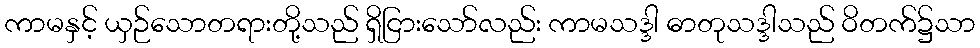
ကာမနှင့် ယှဉ်သောတရားတို့သည် ရှိငြားသော်လည်း ကာမသဒ္ဒါ ဓာတုသဒ္ဒါသည် ဝိတက်၌သာ